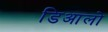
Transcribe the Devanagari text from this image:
डिआलो